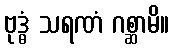
ဗုဒ္ဓံ သရဏံ ဂစ္ဆာမိ။